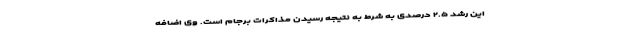
این رشد ۲.۵ درصدی به شرط به نتیجه رسیدن مذاکرات برجام است. وی اضافه